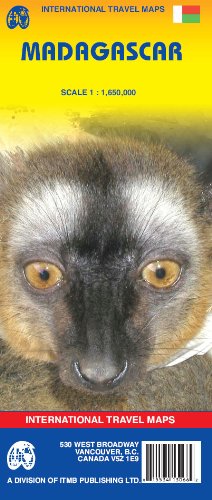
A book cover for Madagascar 1:1,650,000 Travel Reference Map 2007***; ITM Canada; Travel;